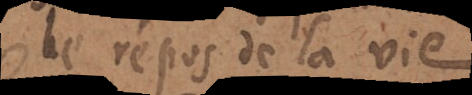
le repos de la vie,